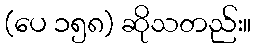
(ပေ ၁၅၈) ဆိုသတည်း။